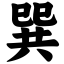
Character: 巽